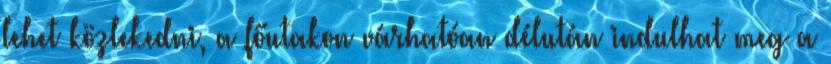
lehet közlekedni, a főutakon várhatóan délután indulhat meg a